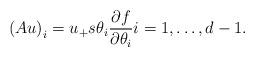
LaTeX: \begin{align*}\left(Au\right)_{i}=u_{+}s\theta_{i}\frac{\partial f}{\partial\theta_{i}}i = 1, \ldots, d-1.\end{align*}